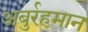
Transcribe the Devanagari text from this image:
अबुर्रहमान